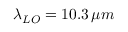
\lambda _ { L O } = 1 0 . 3 \, \mu m